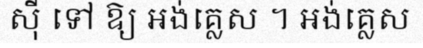
ស៊ី ទៅ ឱ្យ អង់គ្លេស ។ អង់គ្លេស